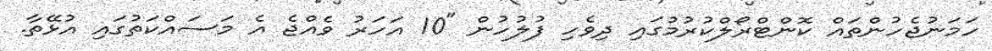
ހަމަނުޖެހުންތައް ކޮންޓްރޯލްކުރުމުގައި ދިވެހި ފުލުހުން "10 އަހަރު ވެއްޖެ އެ މަސައްކަތުގައި އުޅޭތާ.